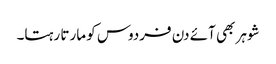
شوہر بھی آئے دن فردوس کو مارتا رہتا۔